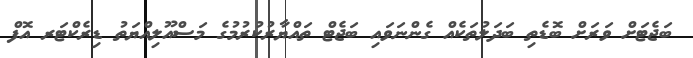
ބަޖެޓަށް ވަރަށް ބޮޑެތި ބަދަލުތަކެއް ގެންނަވައި ބަޖެޓް ތައްޔާރުކުރުމުގެ މަސްއޫލިއްޔަތު ޑިރެކްޓަރ އޮފް